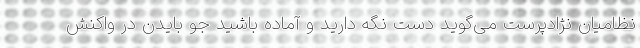
نظامیان نژادپرست می‌گوید دست نگه دارید و آماده باشید جو بایدن در واکنش